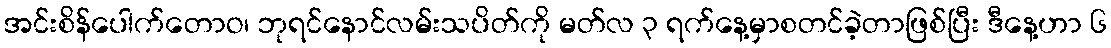
အင်းစိန်ပေါက်တောဝ၊ ဘုရင်နောင်လမ်းသပိတ်ကို မတ်လ ၃ ရက်နေ့မှာစတင်ခဲ့တာဖြစ်ပြီး ဒီနေ့ဟာ ၆